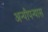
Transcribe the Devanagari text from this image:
अन्यौपन्यास